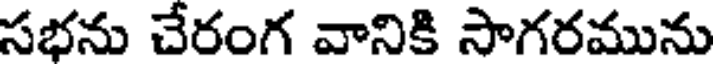
సభను చేరంగ వానికి సాగరమును